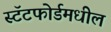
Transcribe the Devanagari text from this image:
स्टॅटफोर्डमधील